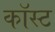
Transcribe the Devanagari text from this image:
कॉस्‍ट